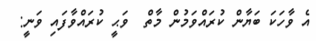
އެ ވާހަކަ ބަޔާން ކުރައްވަމުން މާތް  ވަޙީ ކުރައްވާފައި ވަނީ: